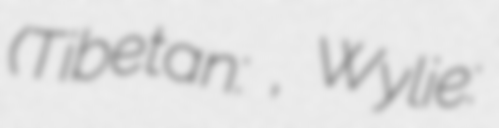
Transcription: (Tibetan: བོད་མིའི་སྒྲིག་འཛུགས་, Wylie: